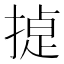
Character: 𭡸